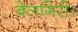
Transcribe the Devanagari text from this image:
बेलगिरी।